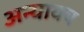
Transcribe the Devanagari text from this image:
अन्यायच